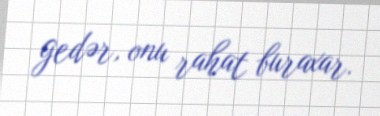
gedər, onu rahat buraxar.